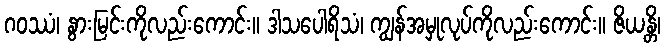
ဂဝဿံ၊ နွားမြင်းကိုလည်းကောင်း။ ဒါသပေါရိသံ၊ ကျွန်အမှုလုပ်ကိုလည်းကောင်း။ ဇိယန္တိ၊